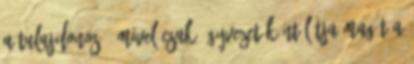
A tulajdonos – mivel csak ügyvezetőként látja magát a